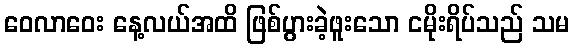
ဝေလာဝေး နေ့လယ်အထိ ဖြစ်ပွားခဲ့ဖူးသော ငမိုးရိပ်သည် သမ